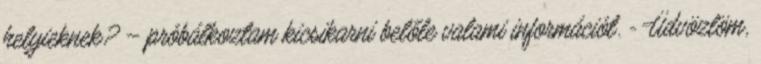
helyieknek? – próbálkoztam kicsikarni belőle valami információt. - Üdvözlöm,